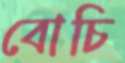
বোচি